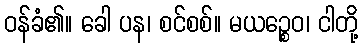
ဝန်ခံ၏။ ခေါ ပန၊ စင်စစ်။ မယဉ္စေဝ၊ ငါတို့